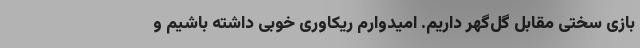
بازی سختی مقابل گل‌گهر داریم. امیدوارم ریکاوری خوبی داشته باشیم و